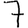
Digit: 7